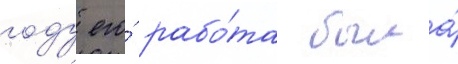
году его́ рабо́та была́